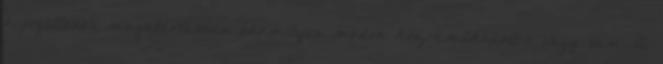
a jogellenes magatartásban bármilyen módon közreműködött-e vagy sem. A